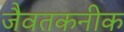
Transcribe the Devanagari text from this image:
जैवतकनीक